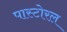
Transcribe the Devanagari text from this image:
पास्टोरल